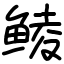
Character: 鲮